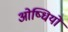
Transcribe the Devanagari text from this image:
ओष्धियो